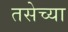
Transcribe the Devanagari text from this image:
तसेच्या